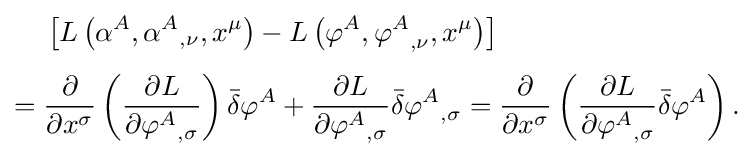
{\begin{aligned}&\left[L\left(\alpha ^{A},{\alpha ^{A}}_{,\nu },x^{\mu }\right)-L\left(\varphi ^{A},{\varphi ^{A}}_{,\nu },x^{\mu }\right)\right]\\[4pt]={}&{\frac {\partial }{\partial x^{\sigma }}}\left({\frac {\partial L}{\partial {\varphi ^{A}}_{,\sigma }}}\right){\bar {\delta }}\varphi ^{A}+{\frac {\partial L}{\partial {\varphi ^{A}}_{,\sigma }}}{\bar {\delta }}{\varphi ^{A}}_{,\sigma }={\frac {\partial }{\partial x^{\sigma }}}\left({\frac {\partial L}{\partial {\varphi ^{A}}_{,\sigma }}}{\bar {\delta }}\varphi ^{A}\right).\end{aligned}}